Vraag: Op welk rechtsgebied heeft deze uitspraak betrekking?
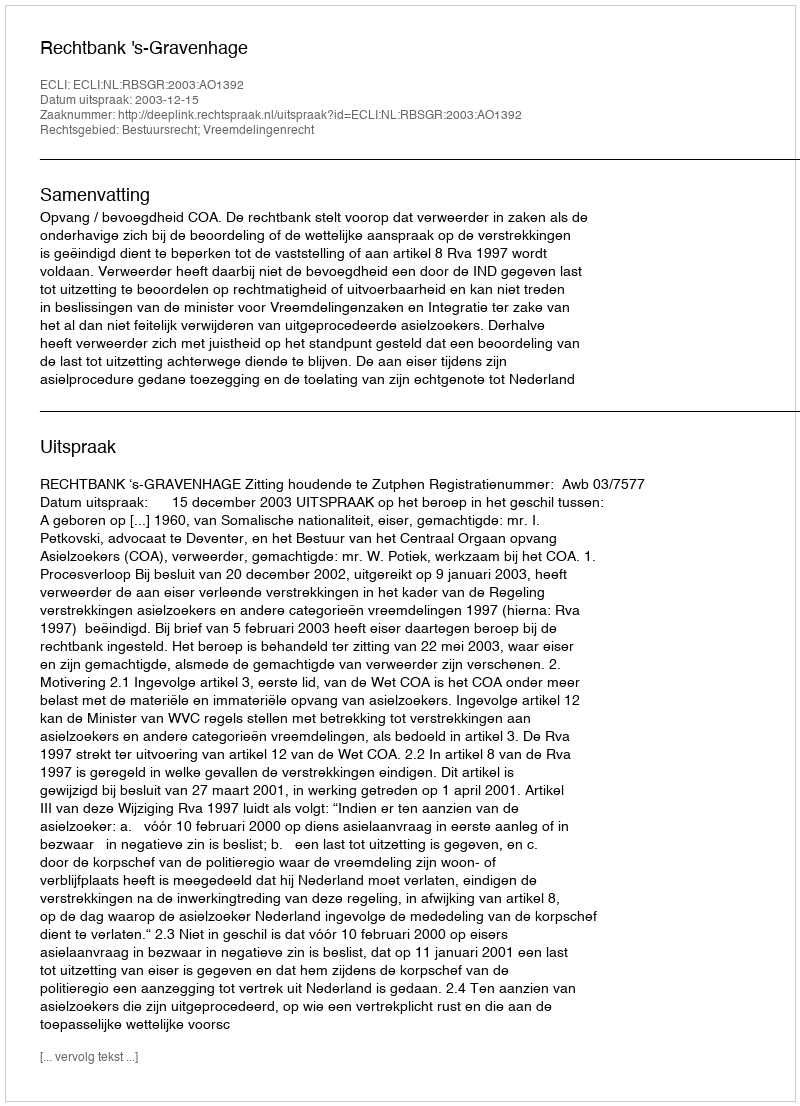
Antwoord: Bestuursrecht; Vreemdelingenrecht